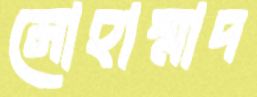
মোহাম্মাদ